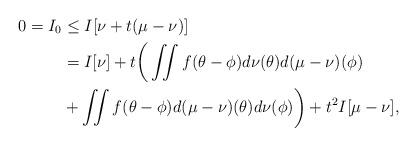
LaTeX: \begin{align*} 0 = I_0 & \leq I[\nu + t (\mu-\nu)] \\ & = I[\nu] + t \bigg( \iint f(\theta - \phi) d \nu(\theta) d(\mu-\nu) (\phi)\\ &+ \iint f(\theta - \phi) d (\mu - \nu) (\theta) d\nu (\phi) \bigg) + t^2 I[\mu-\nu], \end{align*}